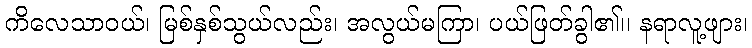
ကိလေသာဝယ်၊ မြစ်နှစ်သွယ်လည်း၊ အလွယ်မကြာ၊ ပယ်ဖြတ်ခွါ၏၊၊ နရာလူ့ဖျား၊